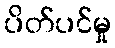
ပိတ်ပင်မှု